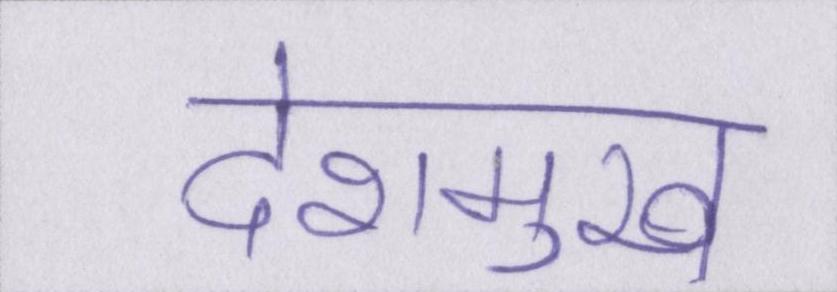
देशमुख